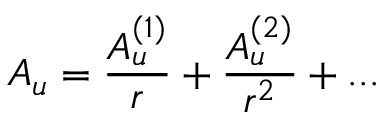
A _ { u } = \frac { A _ { u } ^ { ( 1 ) } } { r } + \frac { A _ { u } ^ { ( 2 ) } } { r ^ { 2 } } + . . .